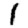
Digit: 1